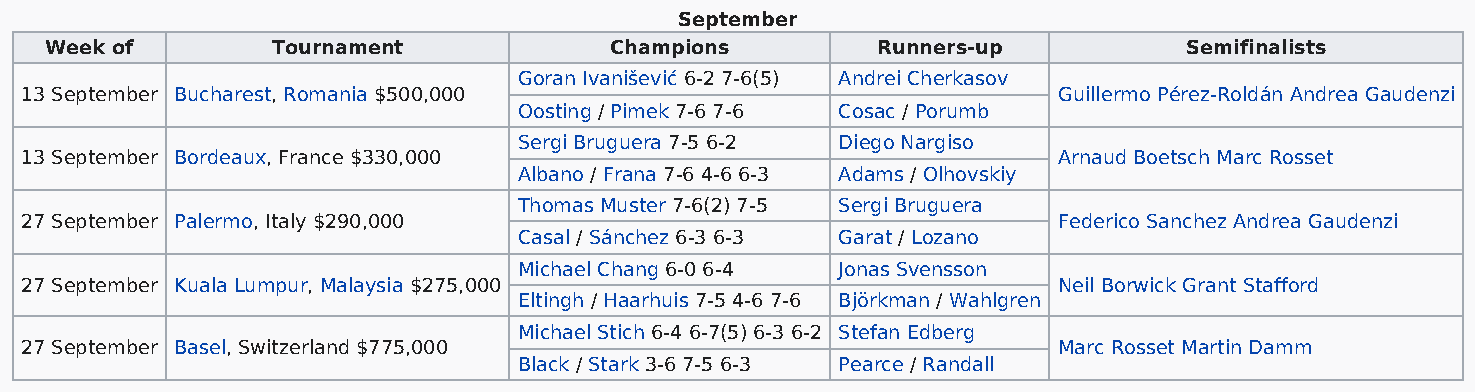
September
 Week of        Tournament            Champions         Runners-up           Semifinalists
 Goran Ivanišević 6-2 7-6(5) Andrei Cherkasov
 13 September Bucharest, Romania $500,000                             Guillermo Pérez-Roldán Andrea Gaudenzi
 Oosting / Pimek 7-6 7-6 Cosac / Porumb
 Sergi Bruguera 7-5 6-2 Diego Nargiso
 13 September Bordeaux, France $330,000                               Arnaud Boetsch Marc Rosset
 Albano / Frana 7-6 4-6 6-3 Adams / Olhovskiy
 Thomas Muster 7-6(2) 7-5 Sergi Bruguera
 27 September Palermo, Italy $290,000                                 Federico Sanchez Andrea Gaudenzi
 Casal / Sánchez 6-3 6-3 Garat / Lozano
 Michael Chang 6-0 6-4 Jonas Svensson
 27 September Kuala Lumpur, Malaysia $275,000                         Neil Borwick Grant Stafford
 Eltingh / Haarhuis 7-5 4-6 7-6 Björkman / Wahlgren
 Michael Stich 6-4 6-7(5) 6-3 6-2 Stefan Edberg
 27 September Basel, Switzerland $775,000                             Marc Rosset Martin Damm
 Black / Stark 3-6 7-5 6-3 Pearce / Randall